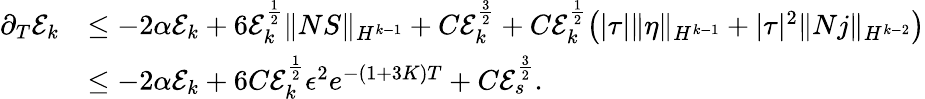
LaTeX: \begin{array}{rl}{\partial_{T}\mathcal{E}_{k}}&{\leq-2\alpha\mathcal{E}_{k}+6\mathcal{E}_{k}^{\frac{1}{2}}\| NS\| _{H^{k-1}}+C\mathcal{E}_{k}^{\frac{3}{2}}+C\mathcal{E}_{k}^{\frac{1}{2}}\big(|\tau|\| \eta\| _{H^{k-1}}+|\tau|^{2}\| Nj\| _{H^{k-2}}\big)}\\ &{\leq-2\alpha\mathcal{E}_{k}+6C\mathcal{E}_{k}^{\frac{1}{2}}\epsilon^{2}e^{-(1+3K)T}+C\mathcal{E}_{s}^{\frac{3}{2}}.}\end{array}